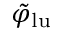
\tilde { \varphi } _ { \mathrm { l u } }